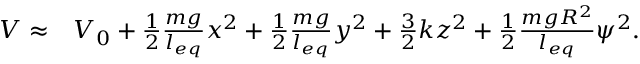
\begin{array} { r l } { V \approx } & { { } V _ { 0 } + \frac { 1 } { 2 } \frac { m g } { l _ { e q } } x ^ { 2 } + \frac { 1 } { 2 } \frac { m g } { l _ { e q } } y ^ { 2 } + \frac { 3 } { 2 } k z ^ { 2 } + \frac { 1 } { 2 } \frac { m g R ^ { 2 } } { l _ { e q } } \psi ^ { 2 } . } \end{array}